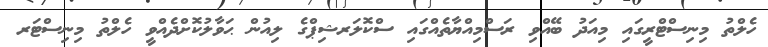
ހެލްތު މިނިސްޓްރީގައި މިއަދު ބޭއްވި ރަސްމިއްޔާތެއްގައި ސްކޮލަރޝިޕްގެ ލިއުން ޙަވާލުކޮށްދެއްވީ ހެލްތު މިނިސްޓަރ